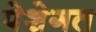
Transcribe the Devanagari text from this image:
पेशेगत